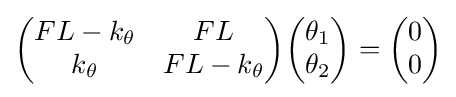
{\begin{pmatrix}FL-k_{\theta }&FL\\k_{\theta }&FL-k_{\theta }\end{pmatrix}}{\begin{pmatrix}\theta _{1}\\\theta _{2}\end{pmatrix}}={\begin{pmatrix}0\\0\end{pmatrix}}